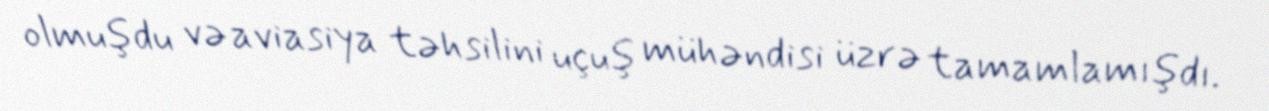
olmuşdu və aviasiya təhsilini uçuş mühəndisi üzrə tamamlamışdı.